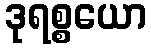
ဒုရစ္စယော